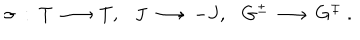
\sigma ~ : ~ T \, \longrightarrow \, T , J \, \longrightarrow \, - J , G ^ { \pm } \, \longrightarrow \, G ^ { \mp } ~ .